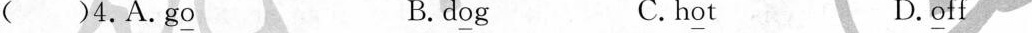
（）4.g\underline{o} B.d\underline{o}g C.h\underline{o}t D.\underline{o}ff